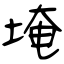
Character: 埯